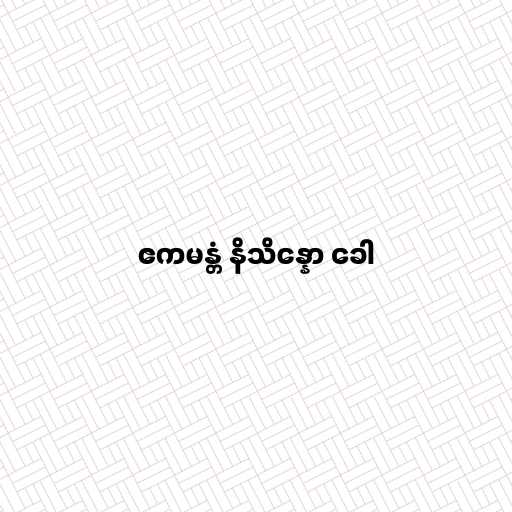
ဧကမန္တံ နိသိန္နော ခေါ